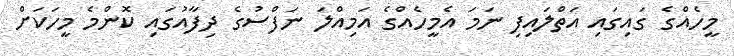
މީހެއްގެ ގައިގައި އަތްލައިފި ނަމަ އެމީހެއްގެ އަމިއްލަ ނަފްސުގެ ދިފާއުގައި ކޮންމެ މީހަކަށް